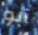
آبو